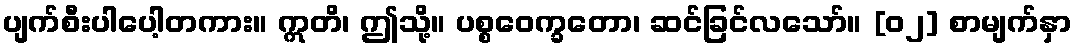
ပျက်စီးပါပေါ့တကား။ ဣတိ၊ ဤသို့။ ပစ္စဝေက္ခတော၊ ဆင်ခြင်လသော်။ [၀၂] စာမျက်နှာ